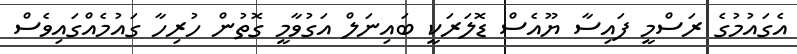
އެގައުމުގެ ރަސްމީ ފައިސާ ޔޫއެސް ޑޮލަރަކީ ބައިނަލް އަގުވާމީ ގޮތުން ހުރިހާ ގައުމެއްގައިވެސް